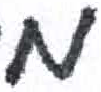
אות: מ